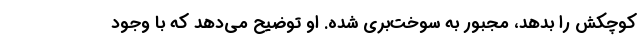
کوچکش را بدهد، مجبور به سوخت‌بری شده. او توضیح می‌دهد که با وجود